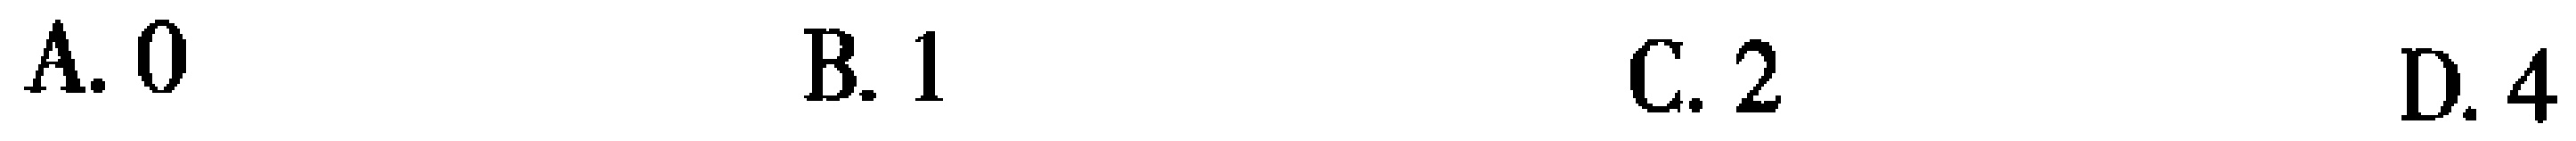
A. \(0\)  B. \(1\)  C. \(2\)  D. \(4\)